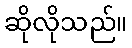
ဆိုလိုသည်။